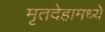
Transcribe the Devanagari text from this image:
मृतदेहामध्ये